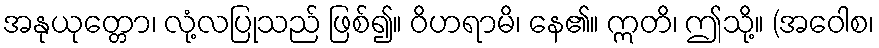
အနုယုတ္တော၊ လုံ့လပြုသည် ဖြစ်၍။ ဝိဟရာမိ၊ နေ၏။ ဣတိ၊ ဤသို့။ (အဝေါစ၊